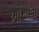
ખોસલા